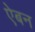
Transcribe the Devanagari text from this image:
ऐबन